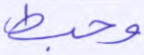
وحبط